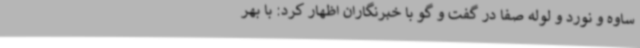
ساوه و نورد و لوله صفا در گفت و گو با خبرنگاران اظهار کرد: با بهر